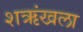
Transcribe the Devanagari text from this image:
शऋंखला